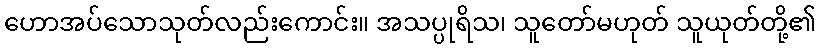
ဟောအပ်သောသုတ်လည်းကောင်း။ အသပ္ပုရိသ၊ သူတော်မဟုတ် သူယုတ်တို့၏